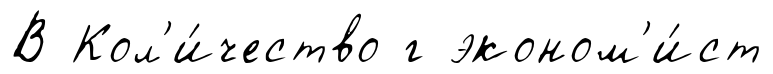
В Кол'и́чество г эконом'и́ст